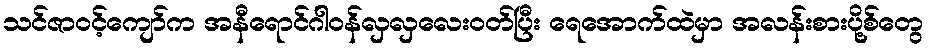
သင်ဇာဝင့်ကျော်က အနီရောင်ဂါဝန်လှလှလေးဝတ်ပြီး ရေအောက်ထဲမှာ အလန်းစားပို့စ်တွေ